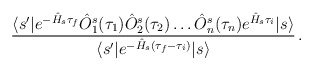
\begin{align*}\frac{\langle s^\prime|e^{-\hat H_s \tau_f}\hat O^s_1(\tau_1)\hat O^s_2(\tau_2)\ldots \hat O^s_n(\tau_n)e^{\hat H_s\tau_i}|s\rangle}{\langle s^\prime|e^{-\hat H_s (\tau_f-\tau_i)}|s\rangle}\,.\end{align*}